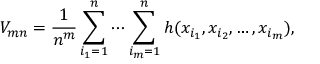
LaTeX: V _ { m n } = { \frac { 1 } { n ^ { m } } } \sum _ { i _ { 1 } = 1 } ^ { n } \cdots \sum _ { i _ { m } = 1 } ^ { n } h ( x _ { i _ { 1 } } , x _ { i _ { 2 } } , \dots , x _ { i _ { m } } ) ,